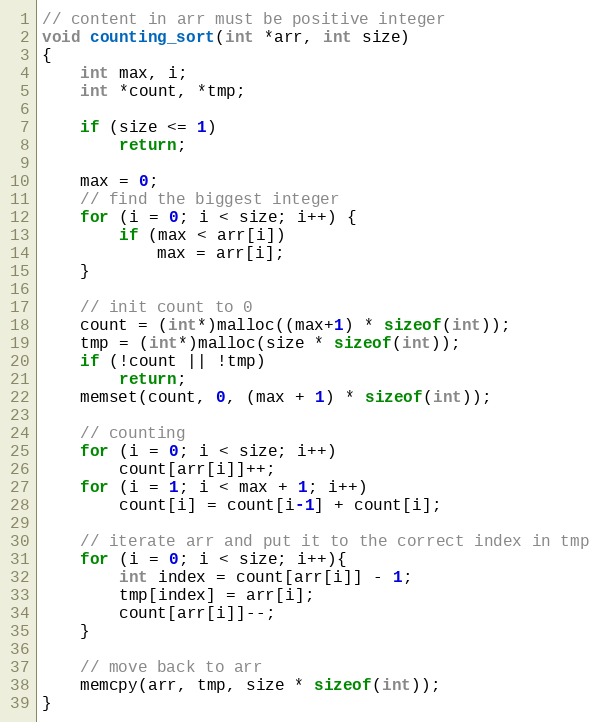
Language: C
// content in arr must be positive integer
void counting_sort(int *arr, int size)
{
	int max, i;
	int *count, *tmp;

	if (size <= 1)
		return;

	max = 0;
	// find the biggest integer
	for (i = 0; i < size; i++) {
		if (max < arr[i])
			max = arr[i];
	}

	// init count to 0
	count = (int*)malloc((max+1) * sizeof(int));
	tmp = (int*)malloc(size * sizeof(int));
	if (!count || !tmp)
		return;
	memset(count, 0, (max + 1) * sizeof(int));

	// counting
	for (i = 0; i < size; i++)
		count[arr[i]]++;
	for (i = 1; i < max + 1; i++)
		count[i] = count[i-1] + count[i];

	// iterate arr and put it to the correct index in tmp
	for (i = 0; i < size; i++){
		int index = count[arr[i]] - 1;
		tmp[index] = arr[i];
		count[arr[i]]--;
	}

	// move back to arr
	memcpy(arr, tmp, size * sizeof(int));
}